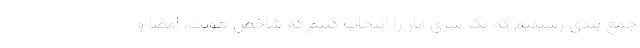
جمع بندی رسیدیم که یک سری آثار را انتخاب کنیم که شاخص هویت، امضا و